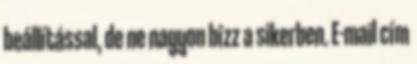
beállítással, de ne nagyon bízz a sikerben. E-mail cím